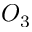
O _ { 3 }